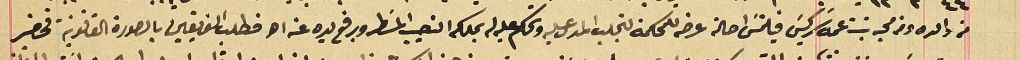
من والده ومن محبه بنت عمه سَركيسَ فيلتمسَ احالة عرضه للمحكمة لتجلب المدعى عليه وتحكم عليه له بملكه النصيب المسَطر وبرفع يده عنه الخ فطلب الفريقين بالصورة القانونية فحضر